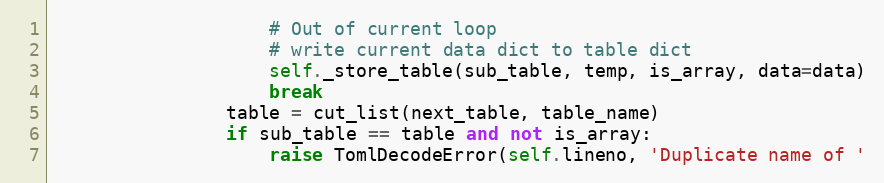
Language: Python
                    # Out of current loop
                    # write current data dict to table dict
                    self._store_table(sub_table, temp, is_array, data=data)
                    break
                table = cut_list(next_table, table_name)
                if sub_table == table and not is_array:
                    raise TomlDecodeError(self.lineno, 'Duplicate name of '